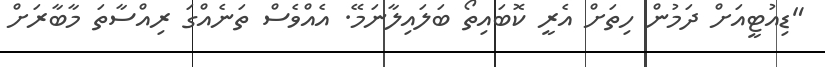
"ޑިއުޓީއަށް ދަމުން ހިތަށް އެރީ ކޮބައިތޯ ބަލައިލާނަމޭ. އެއްވެސް ތަނެއްގަ ރިއްސާތަ މާބާރަށް